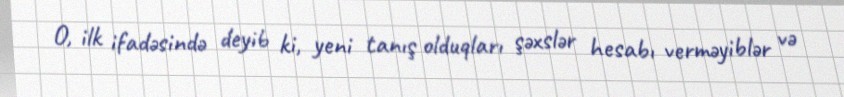
O, ilk ifadəsində deyib ki, yeni tanış olduqları şəxslər hesabı verməyiblər və